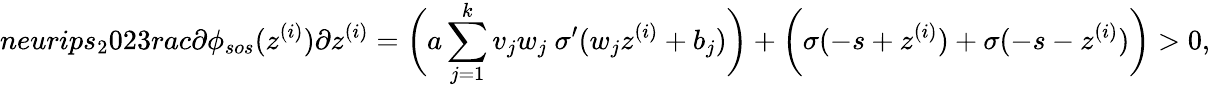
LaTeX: neurips_{2}023rac{\partial\phi_{sos}(z^{(i)})}{\partial z^{(i)}}=\bigg(a\sum_{j=1}^{k}v_{j}w_{j}\ \sigma^{\prime}(w_{j}z^{(i)}+b_{j})\bigg)+\bigg(\sigma(-s+z^{(i)})+\sigma(-s-z^{(i)})\bigg)>0,